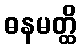
ဓနမတ္ထိ